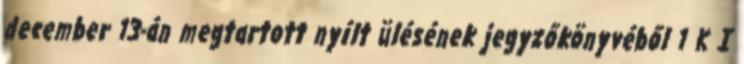
december 13-án megtartott nyílt ülésének jegyzőkönyvéből 1 K I